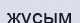
жұсым